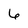
Character: 6